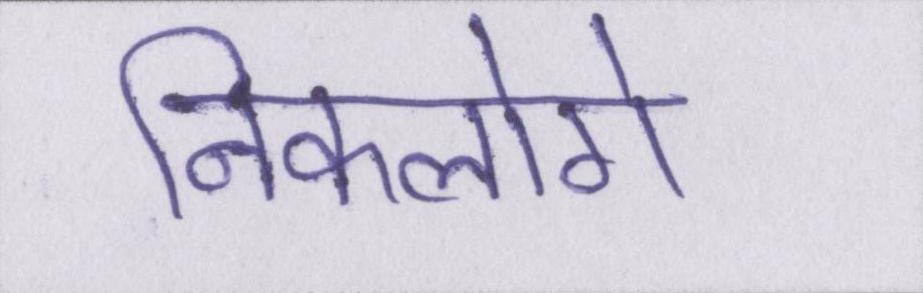
निकलोगे